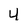
Character: 4